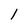
Character: 1